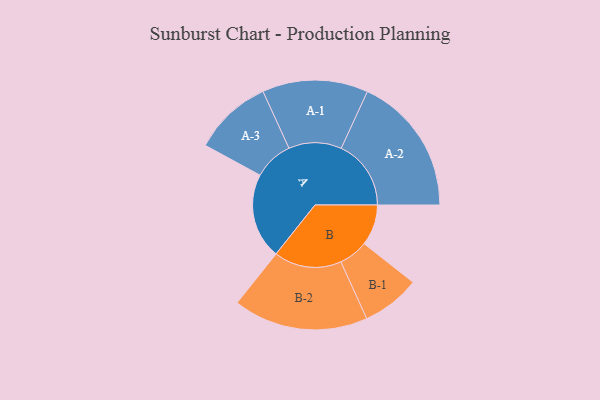
{"axis": {"x": "Segment", "y": "Value"}, "legend": ["", "A", "B"], "data": [{"x": "A", "y": 293, "type": ""}, {"x": "B", "y": 140, "type": ""}, {"x": "A-1", "y": 181, "type": "A"}, {"x": "A-2", "y": 239, "type": "A"}, {"x": "A-3", "y": 135, "type": "A"}, {"x": "B-1", "y": 100, "type": "B"}, {"x": "B-2", "y": 231, "type": "B"}]}